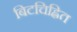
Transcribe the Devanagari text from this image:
बिटचिह्नित